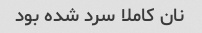
نان کاملا سرد شده بود